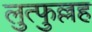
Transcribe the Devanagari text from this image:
लुत्फुल्लह